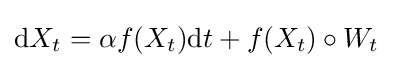
\mathrm {d} X_{t}=\alpha f(X_{t})\mathrm {d} t+f(X_{t})\circ W_{t}